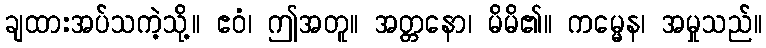
ချထားအပ်သကဲ့သို့။ ဧဝံ၊ ဤအတူ။ အတ္တနော၊ မိမိ၏။ ကမ္မေန၊ အမှုသည်။